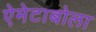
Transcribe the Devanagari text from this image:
ऐमेटाबोला